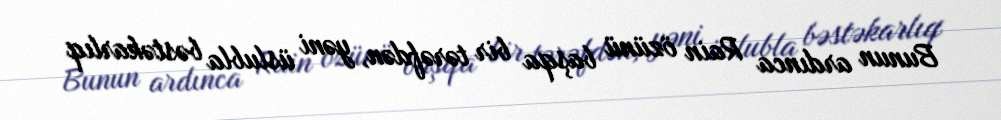
Bunun ardınca Rain özünü başqa bir tərəfdən, yəni üslubla bəstəkarlıq